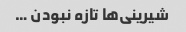
شیرینی‌ها تازه نبودن …